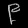
Digit: ၉